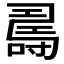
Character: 𠾉